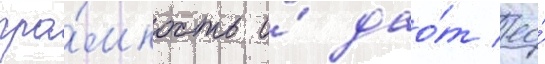
гро́мкость и́ дао́т ео́